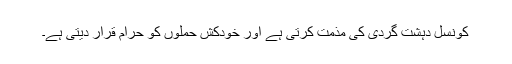
کونسل دہشت گردی کی مذمت کرتی ہے اور خودکش حملوں کو حرام قرار دیتی ہے۔